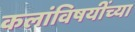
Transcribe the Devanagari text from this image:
कलांविषयींच्या